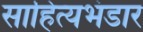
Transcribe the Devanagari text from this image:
साहित्यभंडार